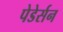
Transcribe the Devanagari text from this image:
पेडेर्सन